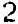
2